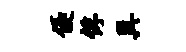
优俘巽